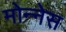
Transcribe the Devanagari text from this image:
मोन्‍नेस